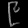
Digit: ၉